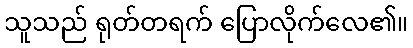
သူသည် ရုတ်တရက် ပြောလိုက်လေ၏။